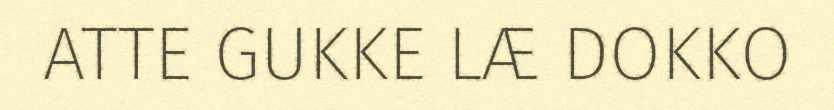
ATTE GUKKE LÆ DOKKO